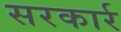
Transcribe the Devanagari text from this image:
सरकार्र